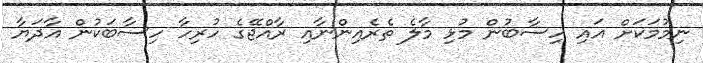
ނިމުމަކަށް އައި ހިސާބުން މުޅި މާލެ ތެރެއިންނާއި ރާއްޖޭގެ ހުރިހާ ހިސާބަކުން އާދަޔާ